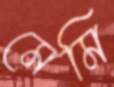
মেমি